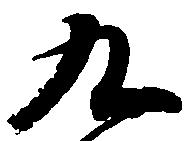
九